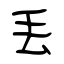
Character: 丢